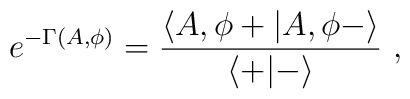
e^{-\Gamma (A,\phi )}={\langle A,\phi +\vert A,\phi -\rangle\over\langle +\vert-\rangle}\ ,